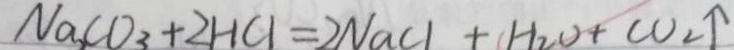
N a _ { 2 } C O _ { 3 } + 2 H C l = 2 N a C l + H _ { 2 } O + C O _ { 2 } \uparrow